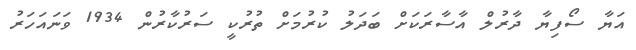
އަޔާ ސޯފިޔާ ދާރުލް އާސާރަކަށް ބަދަލު ކުރުމަށް ތުރުކީ ސަރުކާރުން 1934 ވަނައަހަރު